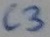
Text: C3